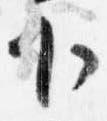
下